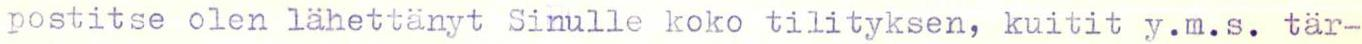
postitse olen lähettänyt Sinulle koko tilityksen, kuitit y.m.s. tär-